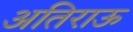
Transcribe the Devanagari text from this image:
अतिराऊ